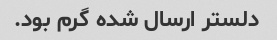
دلستر ارسال شده گرم بود.